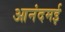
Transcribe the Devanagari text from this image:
आनंदमई